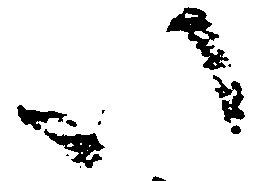
い